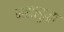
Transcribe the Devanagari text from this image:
जरासुद्धा